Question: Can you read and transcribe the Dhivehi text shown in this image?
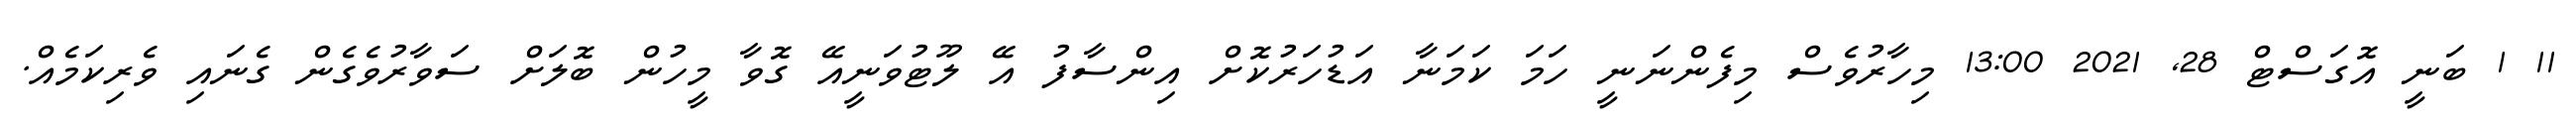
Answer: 11 1 ބަނީ އޮގަސްޓް 28, 2021 13:00 މިހާރުވެސް މިފެންނަނީ ހަމަ ކަމަނާ އަޑުހަރުކޮށް އިންސާފު އޭ ލޫޓުވަނީއޭ ގޮވާ މީހުން ބޮލަށް ސަވާރުވެގެން ގެނައި ވެރިކަމެއް.